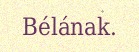
Bélának.